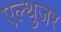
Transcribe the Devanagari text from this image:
एल्थुजर